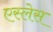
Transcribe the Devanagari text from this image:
एस्लेस